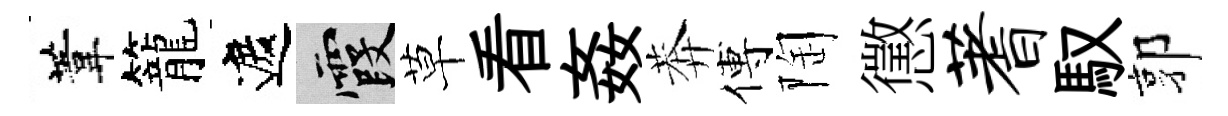
葦籠遮霞草看姦莾傅陶懲蓍馭郭